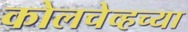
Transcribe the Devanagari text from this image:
कोलचेव्हच्या